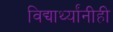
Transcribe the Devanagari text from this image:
विद्यार्थ्यांनीही